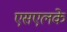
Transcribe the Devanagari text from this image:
एसएलके